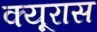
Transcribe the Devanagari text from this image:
क्यूरास